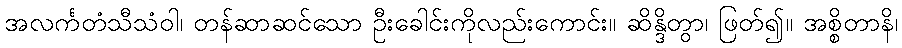
အလင်္ကတံသီသံဝါ၊ တန်ဆာဆင်သော ဦးခေါင်းကိုလည်းကောင်း။ ဆိန္ဒိတွာ၊ ဖြတ်၍။ အစ္စိတာနိ၊